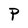
Character: P